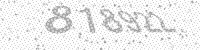
Solution: 818922